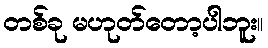
တစ်ခု မဟုတ်တော့ပါဘူး။